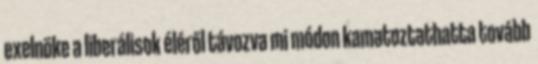
exelnöke a liberálisok éléről távozva mi módon kamatoztathatta tovább